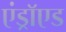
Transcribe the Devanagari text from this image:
एंड्राॅएड